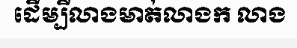
ដើម្បីលាងមាត់លាងក លាង